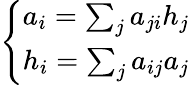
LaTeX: \left\{ \begin{array}{r}{a_{i}=\sum_{j}a_{ji}h_{j}}\\ {h_{i}=\sum_{j}a_{ij}a_{j}}\end{array}\right.